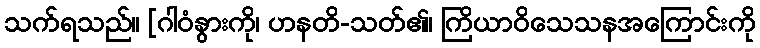
သက်ရသည်။ [ဂါဝံနွားကို၊ ဟနတိ-သတ်၏၊ ကြိယာဝိသေသနအကြောင်းကို